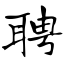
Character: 聘